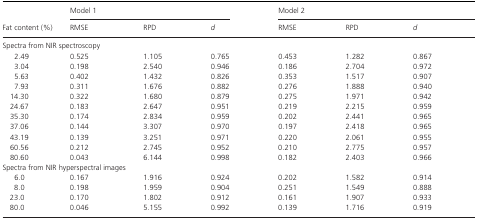
| <ROWSPAN=2> Fat content (%) | <COLSPAN=3> Model 1 | <COLSPAN=3> Model 2 |
 | RMSE | RPD | d | RMSE | RPD | d |
 | --- | --- | --- | --- | --- | --- | --- |
 | <COLSPAN=7> Spectra from NIR spectroscopy |
 | 2.49 | 0.525 | 1.105 | 0.765 | 0.453 | 1.282 | 0.867 |
 | 3.04 | 0.198 | 2.540 | 0.946 | 0.186 | 2.704 | 0.972 |
 | 5.63 | 0.402 | 1.432 | 0.826 | 0.353 | 1.517 | 0.907 |
 | 7.93 | 0.311 | 1.676 | 0.882 | 0.276 | 1.888 | 0.940 |
 | 14.30 | 0.322 | 1.680 | 0.879 | 0.275 | 1.971 | 0.942 |
 | 24.67 | 0.183 | 2.647 | 0.951 | 0.219 | 2.215 | 0.959 |
 | 35.30 | 0.174 | 2.834 | 0.959 | 0.202 | 2.441 | 0.965 |
 | 37.06 | 0.144 | 3.307 | 0.970 | 0.197 | 2.418 | 0.965 |
 | 43.19 | 0.139 | 3.251 | 0.971 | 0.220 | 2.061 | 0.955 |
 | 60.56 | 0.212 | 2.745 | 0.952 | 0.210 | 2.775 | 0.957 |
 | 80.60 | 0.043 | 6.144 | 0.998 | 0.182 | 2.403 | 0.966 |
 | <COLSPAN=7> Spectra from NIR hyperspectral images |
 | 6.0 | 0.167 | 1.916 | 0.924 | 0.202 | 1.582 | 0.914 |
 | 8.0 | 0.198 | 1.959 | 0.904 | 0.251 | 1.549 | 0.888 |
 | 23.0 | 0.170 | 1.802 | 0.912 | 0.161 | 1.907 | 0.933 |
 | 80.0 | 0.046 | 5.155 | 0.992 | 0.139 | 1.716 | 0.919 |